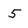
Character: 5